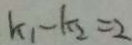
k _ { 1 } - k _ { 2 } = 2